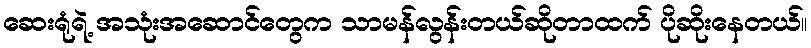
ဆေးရုံရဲ့ အသုံးအဆောင်တွေက သာမန်လွန်းတယ်ဆိုတာထက် ပိုဆိုးနေတယ်။